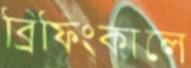
ব্রিফিংকালে